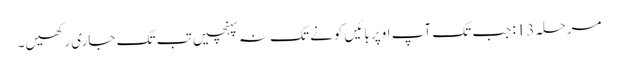
مرحلہ 13: جب تک آپ اوپر بائیں کونے تک نہ پہنچیں تب تک جاری رکھیں۔